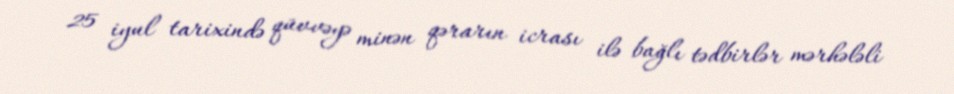
25 iyul tarixində qüvvəyə minən qərarın icrası ilə bağlı tədbirlər mərhələli